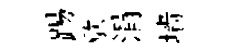
踢歇涓墙